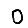
Digit: 0